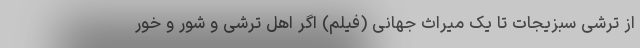
از ترشی سبزیجات تا یک میراث جهانی (فیلم) اگر اهل ترشی و شور و خور